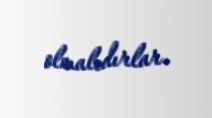
olmalıdırlar.